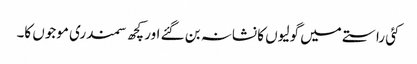
کئی راستے میں گولیوں کا نشانہ بن گئے اور کچھ سمندری موجوں کا۔